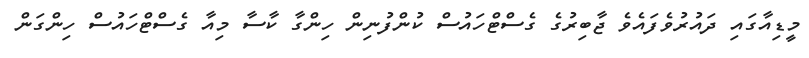
މީޑިއާގައި ދައުރުވެފައެވެ ޖާބިރުގެ ގެސްޓްހައުސް ކުންފުނިން ހިންގާ ކާސާ މިއާ ގެސްޓްހައުސް ހިންގަން